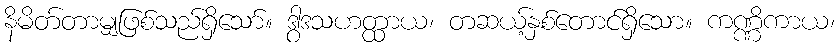
နိမိတ်တာမျှဖြစ်သည်ရှိသော်။ ဒွါဒသဟတ္ထာယ၊ တဆယ့်နှစ်တောင်ရှိသော။ ကဏ္ဏိကာယ၊